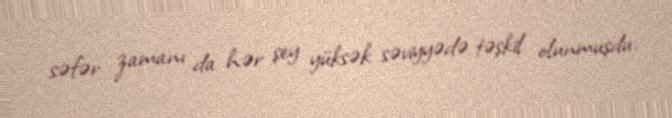
səfər zamanı da hər şey yüksək səviyyədə təşkil olunmuşdu.